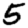
Digit: 5